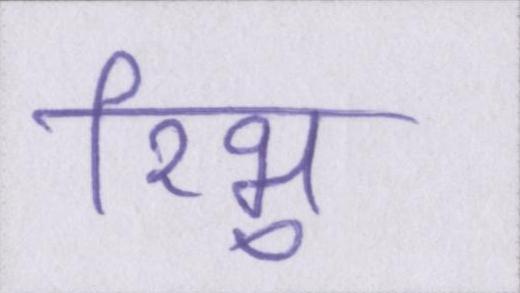
रिभु